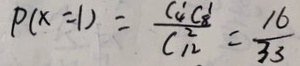
P ( x = 1 ) = \frac { C 4 ^ { 1 } C 8 ^ { 1 } } { C _ { 1 2 } ^ { 2 } } = \frac { 1 6 } { 3 3 }